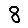
Digit: 8